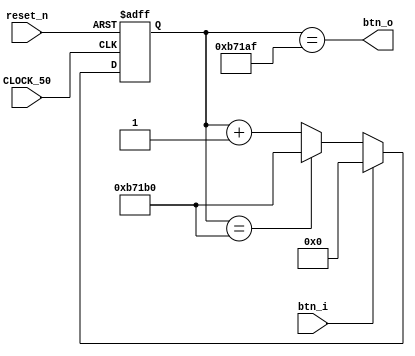
module debounce(

	input 	CLOCK_50,
	input 	reset_n,
	input 	btn_i,
	
	output 	btn_o
	
);
	
	reg [19:0] counter;
	
	
	always @(posedge CLOCK_50,negedge reset_n) begin
		if(!reset_n) counter <= 20'd0;
		else begin
			if(!btn_i) begin
				if(counter == 20'd750_000)	counter <= 20'd750_000;
				else counter <= counter + 20'd1;
			end
			else begin
				counter <= 20'd0;
			end
		end
	end
	
	assign btn_o = (counter == 20'd749_999);
	
endmodule